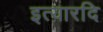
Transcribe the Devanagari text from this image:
इत्यारदि